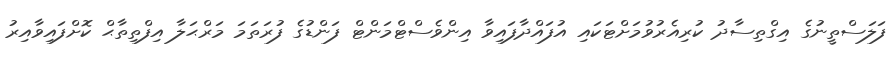
ފަލަސްތީނުގެ އިގްތިސާދު ކުރިއެރުވުމަށްޓަކައި އުފައްދާފައިވާ އިންވެސްޓްމަންޓް ފަންޑުގެ ފުރަތަމަ މަރްޙަލާ އިފްތިތާޙް ކޮށްފައިވާއިރު